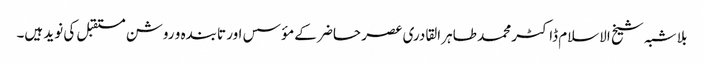
بلا شبہ شیخ الاسلام ڈاکٹر محمد طاہر القادری عصر حاضر کے مؤسس اور تابندہ و روشن مستقبل کی نوید ہیں۔